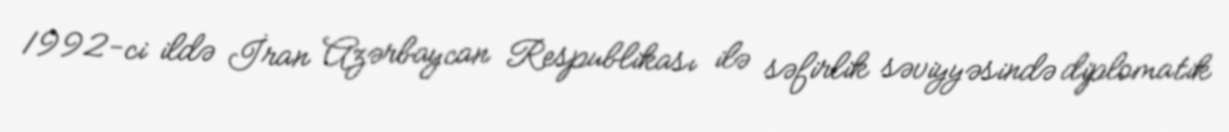
1992-ci ildə İran Azərbaycan Respublikası ilə səfirlik səviyyəsində diplomatik